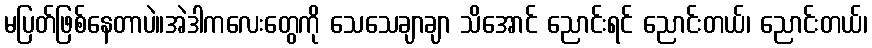
မပြတ်ဖြစ်နေတာပဲ။အဲဒါကလေးတွေကို သေသေချာချာ သိအောင် ညောင်းရင် ညောင်းတယ်၊ ညောင်းတယ်၊